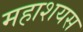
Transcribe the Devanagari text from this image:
महाशयस